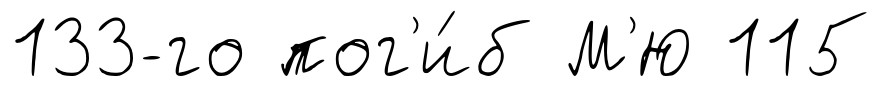
133-го пог'и́б М'Ю 115